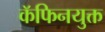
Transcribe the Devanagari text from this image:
कॅफिनयुक्त